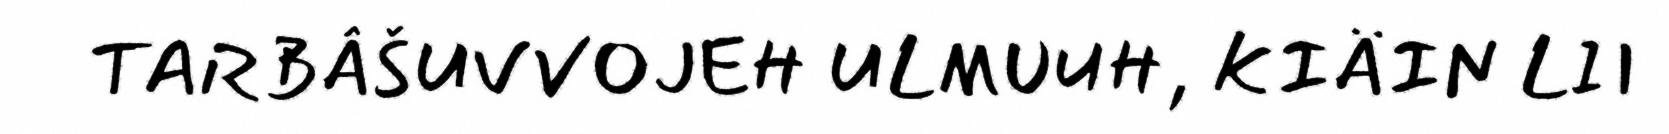
TARBÂŠUVVOJEH ULMUUH, KIÄIN LII